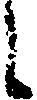
し